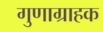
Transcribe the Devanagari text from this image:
गुणाग्राहक